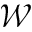
\mathcal { W }